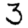
Digit: 3